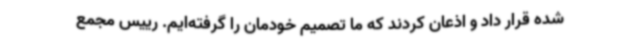
شده قرار داد و اذعان کردند که ما تصمیم خودمان را گرفته‌ایم. رییس مجمع